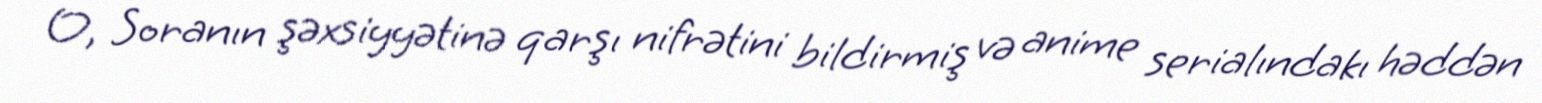
O, Soranın şəxsiyyətinə qarşı nifrətini bildirmiş və anime serialındakı həddən